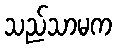
သည်သာမက